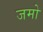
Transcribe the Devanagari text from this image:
जमो